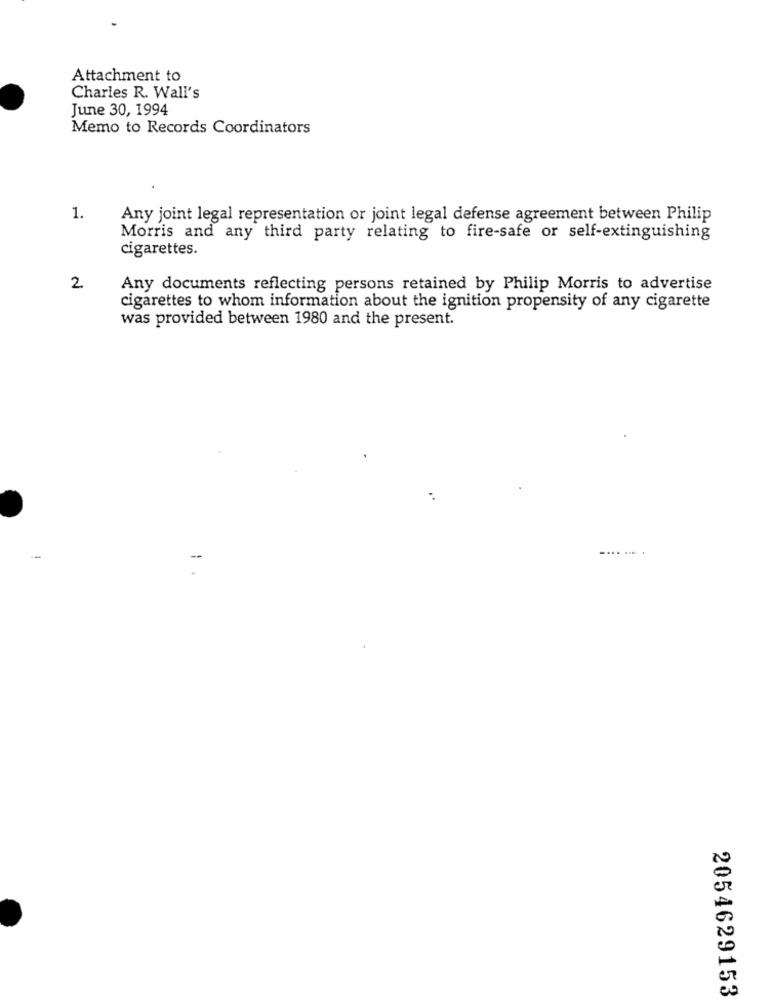
Attachment to
Charles R. Wall's
June 30, 1994
Memo to Records Coordinators
1.
Any joint legal representation or joint legal defense agreement between Philip
Morris and any third party relating to fire-safe or self-extinguishing
cigarettes.
2
Any documents reflecting persons retained by Philip Morris to advertise
cigarettes to whom information about the ignition propensity of any cigarette
was provided between 1980 and the present.
.......
.
2054629153